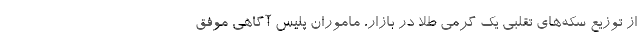
از توزیع سکه‌های تقلبی یک گرمی طلا در بازار، ماموران پلیس آگاهی موفق